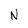
Character: N